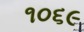
૧૦૬૯